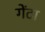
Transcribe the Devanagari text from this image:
गेंटा